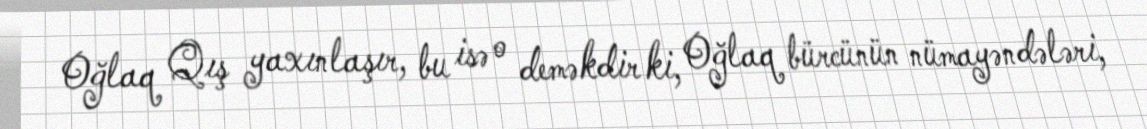
Oğlaq Qış yaxınlaşır, bu isə o deməkdir ki, Oğlaq bürcünün nümayəndələri,